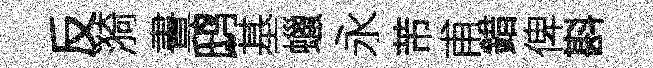
反漪晝鸱基蠟永芾甫錯俾斟